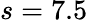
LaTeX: s=7.5